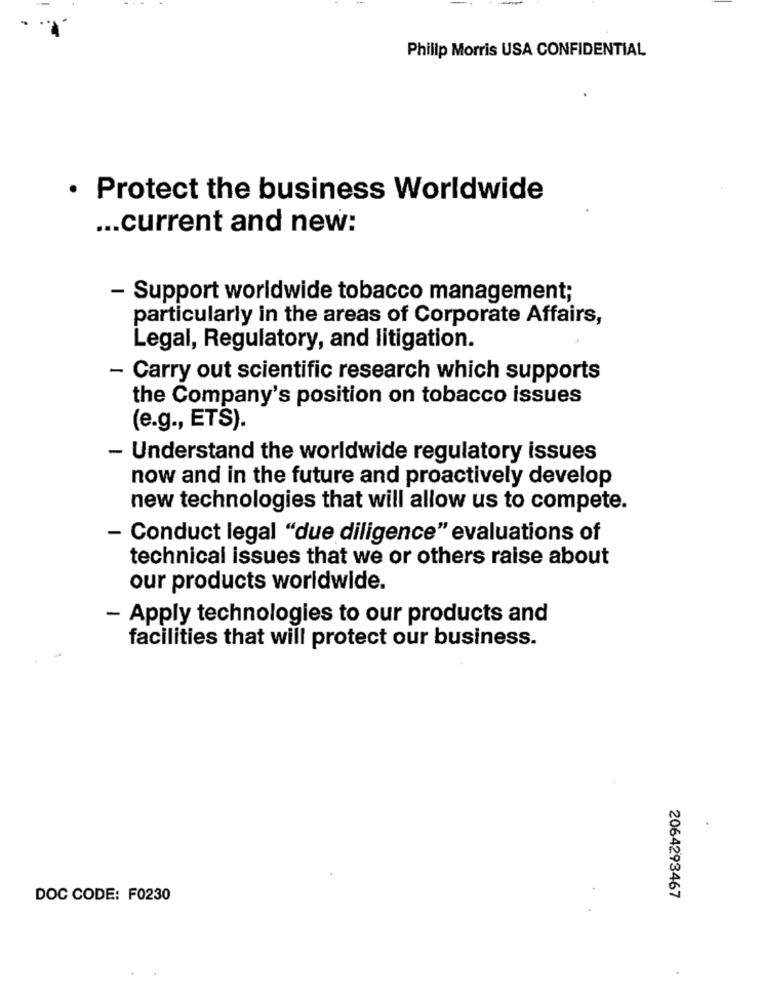
Philip Morris USA CONFIDENTIAL
· Protect the business Worldwide
... current and new:
- Support worldwide tobacco management;
particularly in the areas of Corporate Affairs,
Legal, Regulatory, and litigation.
- Carry out scientific research which supports
the Company's position on tobacco issues
(e.g ., ETS).
- Understand the worldwide regulatory issues
now and in the future and proactively develop
new technologies that will allow us to compete.
- Conduct legal "due diligence" evaluations of
technical issues that we or others raise about
our products worldwide.
- Apply technologies to our products and
facilities that will protect our business.
DOC CODE: F0230
2064293467